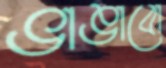
ভাঙাবো